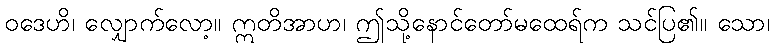
ဝဒေဟိ၊ လျှောက်လော့။ ဣတိအာဟ၊ ဤသို့နောင်တော်မထေရ်က သင်ပြ၏။ သော၊